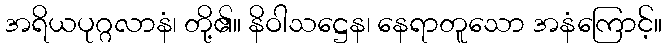
အရိယပုဂ္ဂလာနံ၊ တို့၏။ နိဝါသဋ္ဌေန၊ နေရာတူသော အနံကြောင့်။